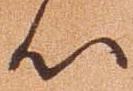
心